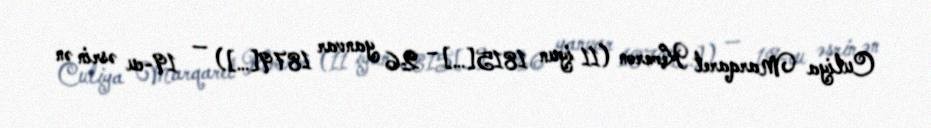
Culiya Marqaret Kemeron (11 iyun 1815[…] – 26 yanvar 1879[…]) — 19-cu əsrin ən